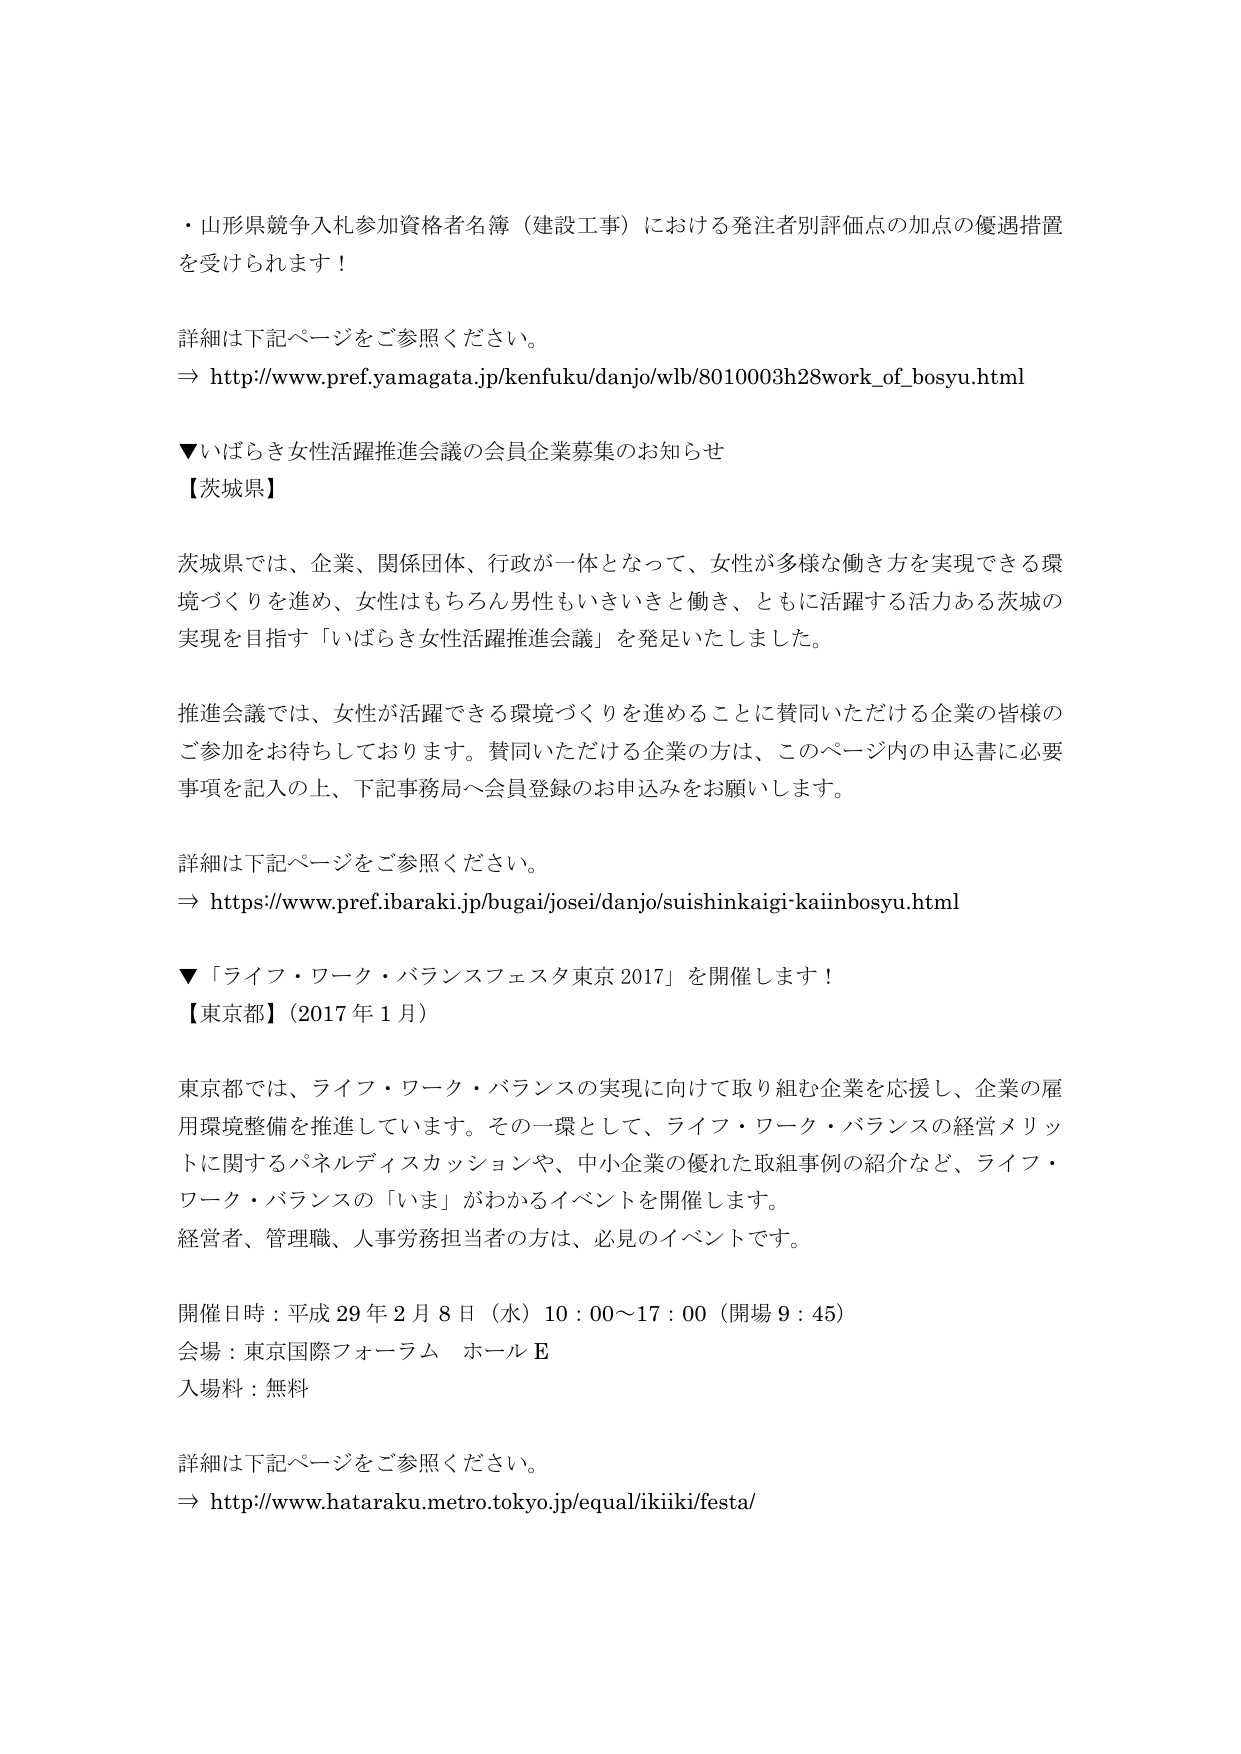
・山形県競争入札参加資格者名簿（建設工事）における発注者別評価点の加点の優遇措置を受けられます！

詳細は下記ページをご参照ください。
⇒ http://www.pref.yamagata.jp/kenfuku/danjo/wlb/8010003h28work_of_bosyu.html

▼いばらき女性活躍推進会議の会員企業募集のお知らせ
【茨城県】

茨城県では、企業、関係団体、行政が一体となって、女性が多様な働き方を実現できる環境づくりを進め、女性はもちろん男性もいきいきと働き、ともに活躍する活力ある茨城の実現を目指す「いばらき女性活躍推進会議」を発足いたしました。

推進会議では、女性が活躍できる環境づくりを進めることに賛同いただける企業の皆様のご参加をお待ちしております。賛同いただける企業の方は、このページ内の申込書に必要事項を記入の上、下記事務局へ会員登録のお申込みをお願いします。

詳細は下記ページをご参照ください。
⇒ https://www.pref.ibaraki.jp/bugai/josei/danjo/suishinkaigi-kaainbosyu.html

▼「ライフ・ワーク・バランスフェスタ東京 2017」を開催します！
【東京都】（2017年1月）

東京都では、ライフ・ワーク・バランスの実現に向けて取り組む企業を応援し、企業の雇用環境整備を推進しています。その一環として、ライフ・ワーク・バランスの経営メリットに関するパネルディスカッションや、中小企業の優れた取組事例の紹介など、ライフ・ワーク・バランスの「いま」がわかるイベントを開催します。
経営者、管理職、人事労務担当者の方は、必見のイベントです。

開催日時：平成29年2月8日（水）10：00～17：00（開場9：45）
会場：東京国際フォーラム ホールE
入場料：無料

詳細は下記ページをご参照ください。
⇒ http://www.hataraku.metro.tokyo.jp/equal/ikiiki/festa/